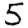
Digit: 5